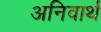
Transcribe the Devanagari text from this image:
अनिवार्थ